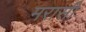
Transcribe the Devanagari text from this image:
मरासी